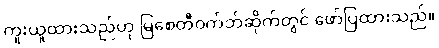
ကူးယူထားသည်ဟု မြစေတီဝက်ဘ်ဆိုက်တွင် ဖော်ပြထားသည်။